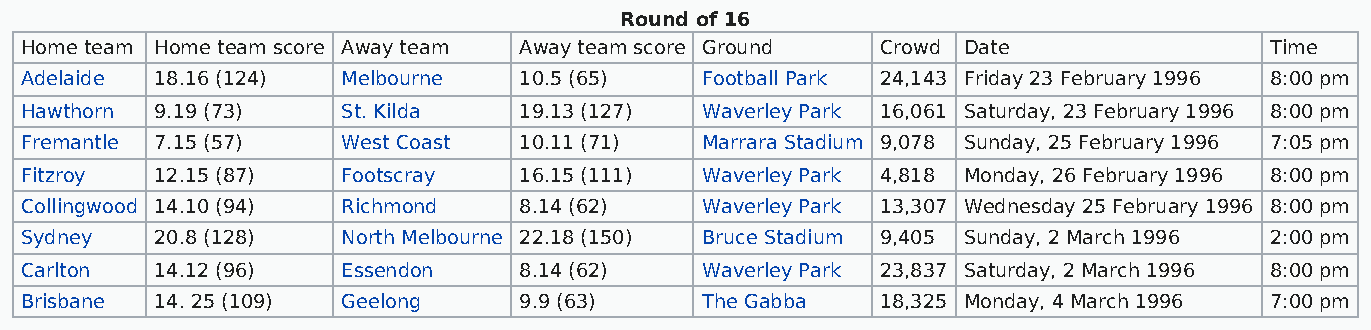
Round of 16
 Home team Home team score Away team Away team score Ground Crowd Date              Time
 Adelaide 18.16 (124)  Melbourne  10.5 (65)   Football Park 24,143 Friday 23 February 1996 8:00 pm
 Hawthorn 9.19 (73)    St. Kilda  19.13 (127) Waverley Park 16,061 Saturday, 23 February 1996 8:00 pm
 Fremantle 7.15 (57)   West Coast 10.11 (71)  Marrara Stadium 9,078 Sunday, 25 February 1996 7:05 pm
 Fitzroy  12.15 (87)   Footscray  16.15 (111) Waverley Park 4,818 Monday, 26 February 1996 8:00 pm
 Collingwood 14.10 (94) Richmond  8.14 (62)   Waverley Park 13,307 Wednesday 25 February 1996 8:00 pm
 Sydney   20.8 (128)   North Melbourne 22.18 (150) Bruce Stadium 9,405 Sunday, 2 March 1996 2:00 pm
 Carlton  14.12 (96)   Essendon   8.14 (62)   Waverley Park 23,837 Saturday, 2 March 1996 8:00 pm
 Brisbane 14. 25 (109) Geelong    9.9 (63)    The Gabba   18,325 Monday, 4 March 1996 7:00 pm